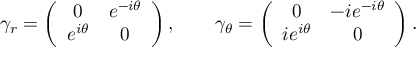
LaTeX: \gamma _ { r } = \left( \begin{array} { c c } { { 0 } } & { { e ^ { - i \theta } } } \\ { { e ^ { i \theta } } } & { { 0 } } \end{array} \right) , \qquad \gamma _ { \theta } = \left( \begin{array} { c c } { { 0 } } & { { - i e ^ { - i \theta } } } \\ { { i e ^ { i \theta } } } & { { 0 } } \end{array} \right) .